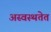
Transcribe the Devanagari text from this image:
अस्वस्थतेत